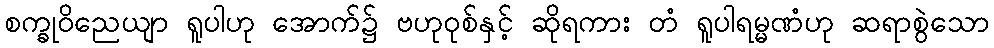
စက္ခုဝိညေယျာ ရူပါဟု အောက်၌ ဗဟုဝုစ်နှင့် ဆိုရကား တံ ရူပါရမ္မဏံဟု ဆရာစွဲသော